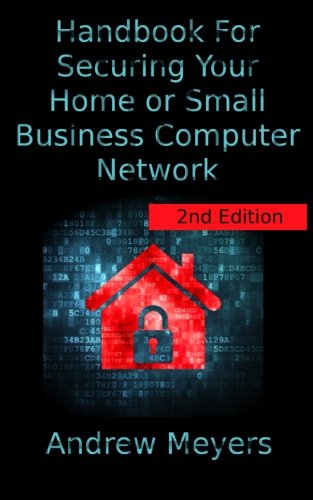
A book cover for Handbook For Securing Your Home or Small Business Computer Network; Andrew Meyers; Computers & Technology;